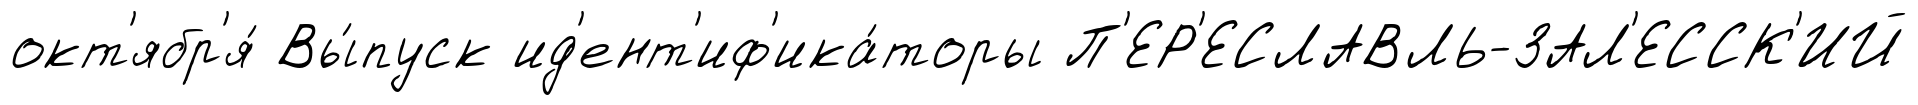
окт'ябр'я́ Вы́пуск ид'ент'иф'ика́торы П'ЕР'ЕСЛАВЛЬ-ЗАЛ'ЕССК'ИЙ